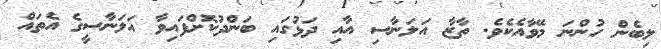
ލިބެން ހުންނަ މޭވާއެކެވެ. ތާޒާ އަލަނާސި އާއި ދަޅުގައި ބަންދުކޮށްފައިވާ އަލަނާސީގެ އެތައް